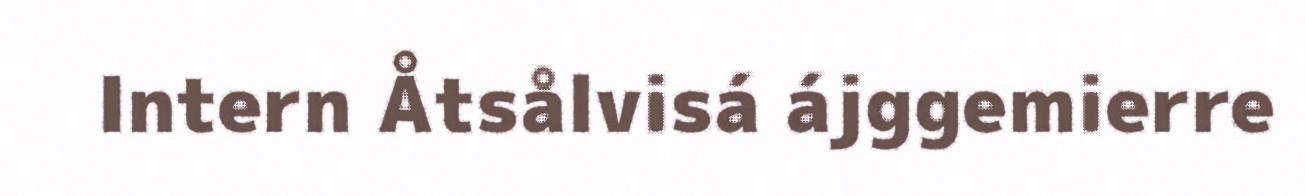
Intern Åtsålvisá ájggemierre